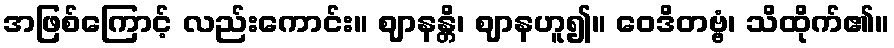
အဖြစ်ကြောင့် လည်းကောင်း။ ဈာနန္တိ၊ ဈာနဟူ၍။ ဝေဒိတဗ္ဗံ၊ သိထိုက်၏။